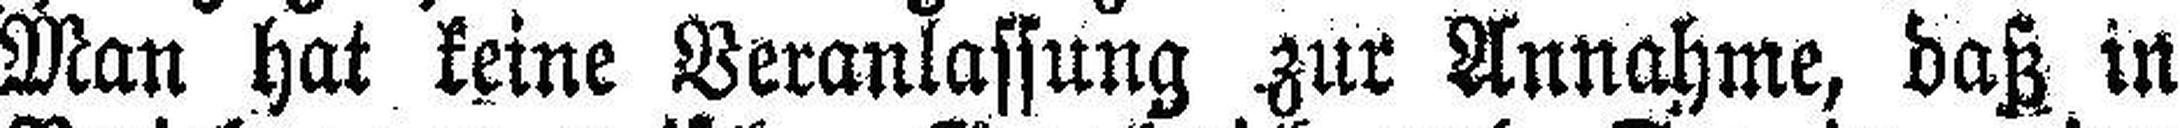
Man hat keine Veranlassung zur Annahme, daß in